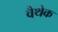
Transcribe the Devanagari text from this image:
वैथेक